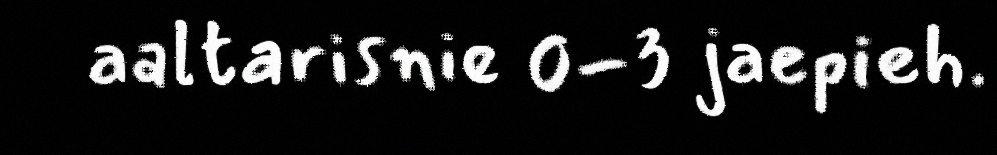
aaltarisnie 0-3 jaepieh.